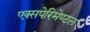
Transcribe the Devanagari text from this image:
एक्सपेरिमेण्टल